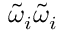
\widetilde \omega _ { i } \widetilde \omega _ { i }